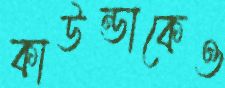
কাউন্ডাকেও